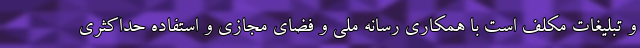
و تبلیغات مکلف است با همکاری رسانه ملی و فضای مجازی و استفاده حداکثری